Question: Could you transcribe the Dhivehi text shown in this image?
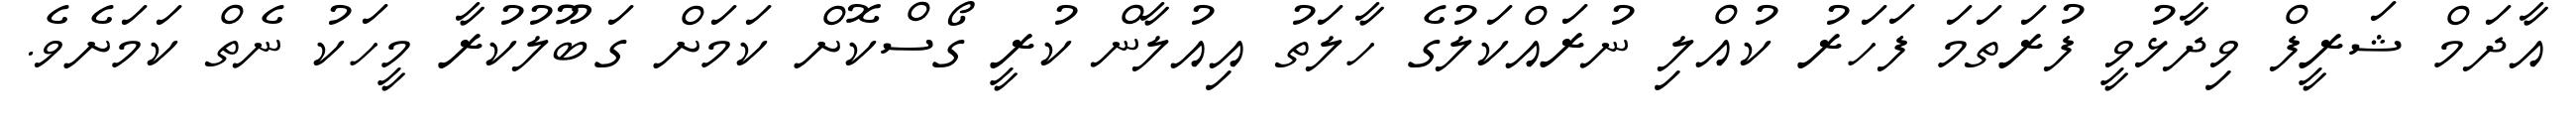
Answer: އާދަމް ޝަރީފް ވިދާޅުވީ ފުރަތަމަ ފަހަރު ކުއްލި ނުރައްކަލުގެ ހާލަތު އިއުލާން ކުރީ ގޯސްކޮށް ކަމަށް ގަބޫލުކުރާ މީހަކު ނެތް ކަމަށެވެ.